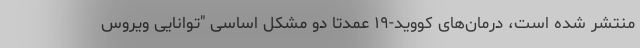
منتشر شده است، درمان‌های کووید-۱۹ عمدتا دو مشکل اساسی "توانایی ویروس